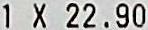
1 X 22.90